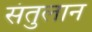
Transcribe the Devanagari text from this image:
संतुलान